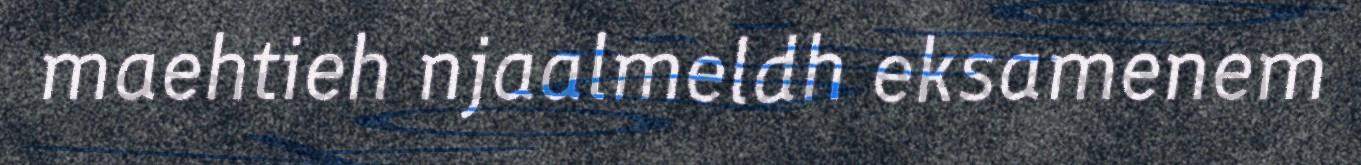
maehtieh njaalmeldh eksamenem